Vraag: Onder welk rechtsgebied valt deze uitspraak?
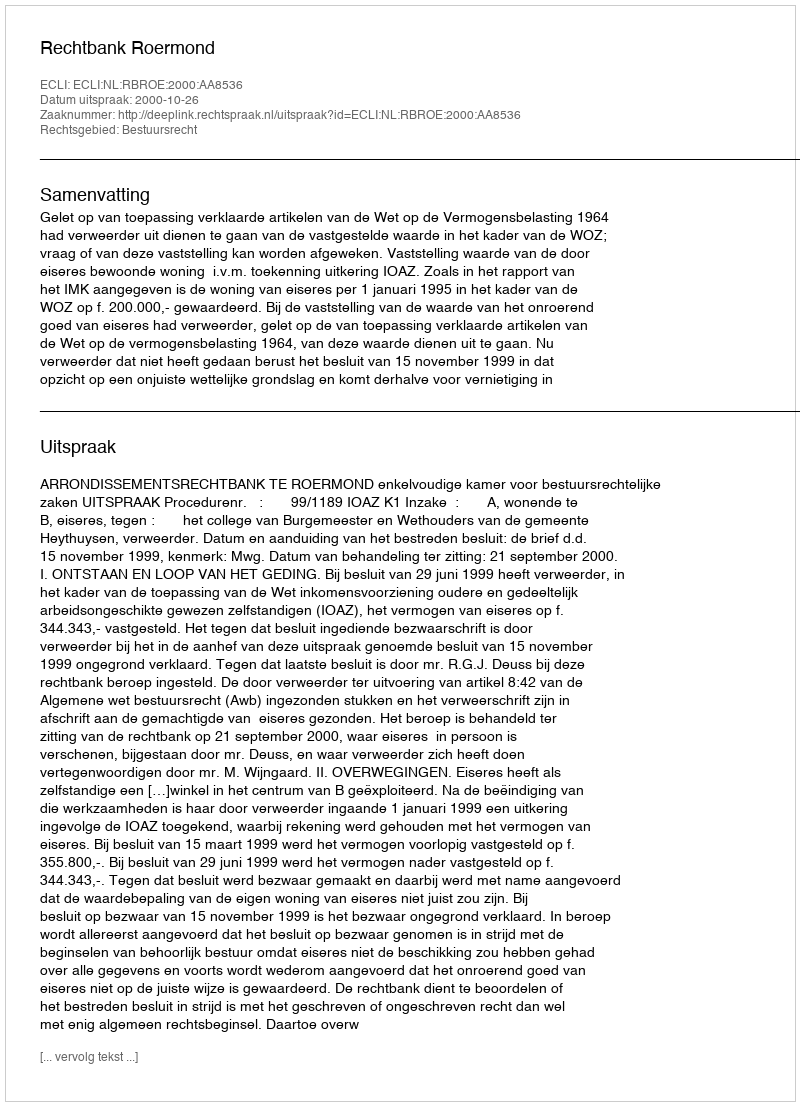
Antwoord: Bestuursrecht